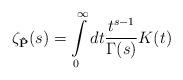
LaTeX: \begin{align*}\zeta_{\bf{\hat{P}}}(s)=\int\limits_{0}^{\infty} dt\frac{ t^{s-1}}{\Gamma(s)}K(t)\end{align*}